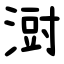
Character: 㴻